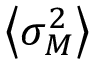
\left\langle \sigma _ { M } ^ { 2 } \right\rangle